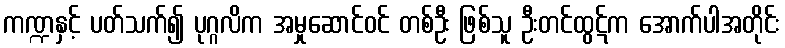
ကဏ္ဍနှင့် ပတ်သက်၍ ပုဂ္ဂလိက အမှုဆောင်ဝင် တစ်ဦး ဖြစ်သူ ဦးတင်ထွဋ်က အောက်ပါအတိုင်း